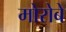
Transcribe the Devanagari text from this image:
मोरोबे